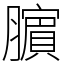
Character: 𬛜